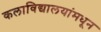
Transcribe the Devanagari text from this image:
कलाविद्यालयांमधून